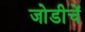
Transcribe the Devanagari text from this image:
जोडीचें